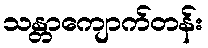
သန္တာကျောက်တန်း